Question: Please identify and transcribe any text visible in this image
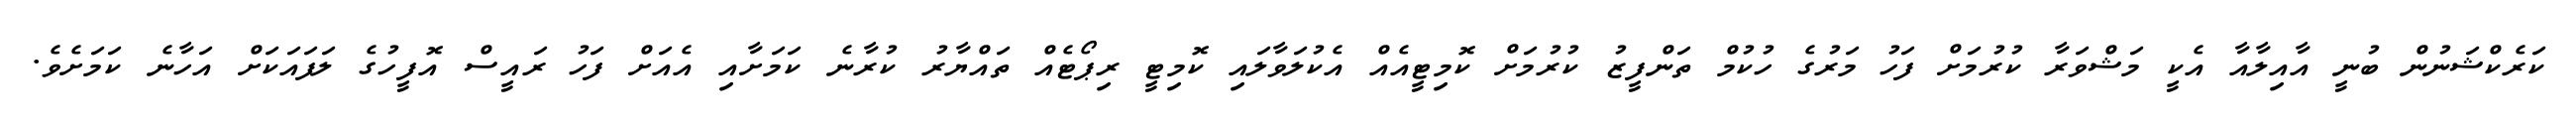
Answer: ކަރެކްޝަނުން ބުނީ އާއިލާއާ އެކީ މަޝްވަރާ ކުރުމަށް ފަހު މަރުގެ ހުކުމް ތަންފީޒު ކުރުމަށް ކޮމިޓީއެއް އެކުލަވާލައި ކޮމިޓީ ރިޕޯޓެއް ތައްޔާރު ކުރާނެ ކަމަށާއި އެއަށް ފަހު ރައީސް އޮފީހުގެ ލަފައަކަށް އަހާނެ ކަމަށެވެ.